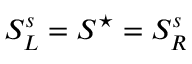
S _ { L } ^ { s } = S ^ { \star } = S _ { R } ^ { s }